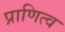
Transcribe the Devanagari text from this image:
प्राणित्व